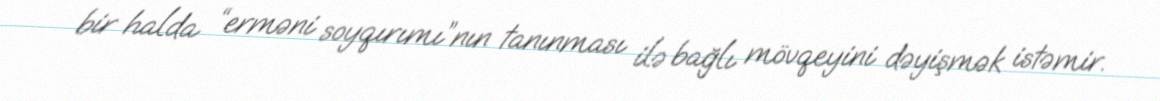
bir halda “erməni soyqırımı”nın tanınması ilə bağlı mövqeyini dəyişmək istəmir.